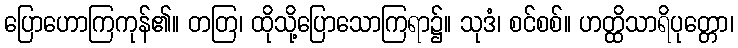
ပြောဟောကြကုန်၏။ တတြ၊ ထိုသို့ပြောသောကြရာ၌။ သုဒံ၊ စင်စစ်။ ဟတ္ထိသာရိပုတ္တော၊